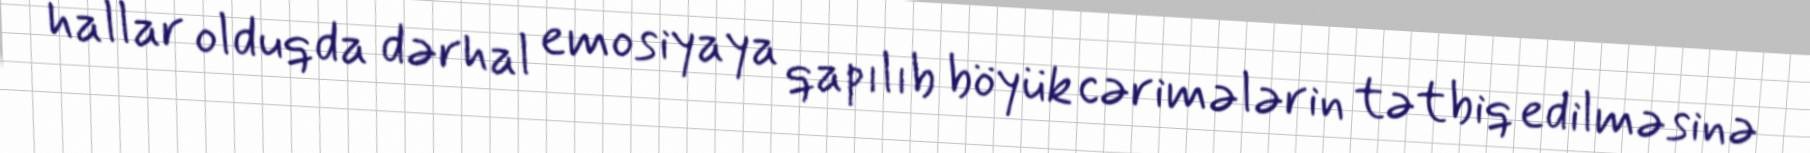
hallar olduqda dərhal emosiyaya qapılıb böyük cərimələrin tətbiq edilməsinə